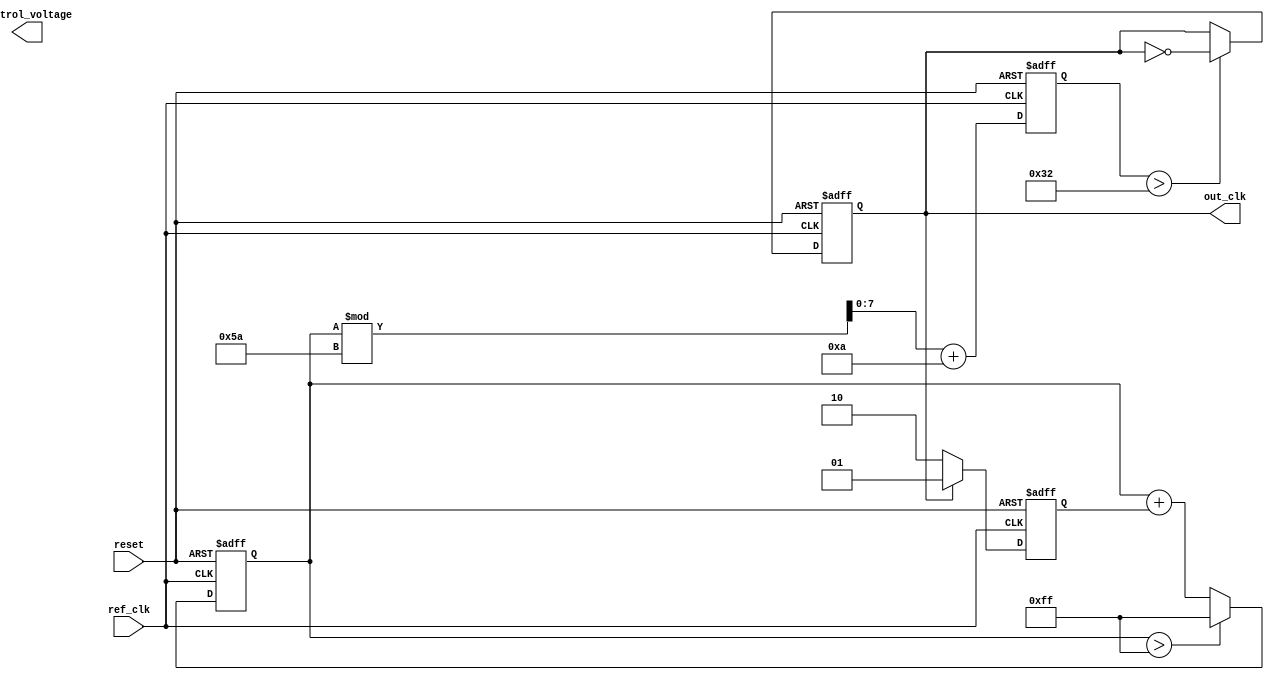
module MemoryBlocksLinearPLL (
    input wire ref_clk,        // Reference clock input
    input wire reset,         // Reset signal
    output reg out_clk,       // Output clock
    output reg [7:0] control_voltage // Control voltage for VCO
);

// Parameters
parameter VCO_MAX_FREQUENCY = 100; // Max Frequency of VCO
parameter VCO_MIN_FREQUENCY = 10;   // Min Frequency of VCO
parameter LOCK_TIME = 100;          // Lock time for PLL
parameter MEMORY_SIZE = 256;        // Size of memory blocks

// Internal signals
reg [1:0] phase_error;              // Phase error signal from PD
reg [7:0] loop_filter;               // Output of loop filter
reg [7:0] vco_frequency;             // Current frequency of VCO
reg [7:0] memory_block [0:MEMORY_SIZE-1]; // Memory blocks for calibration data
integer memory_index;                // Index for memory access

// Phase Detector
always @(posedge ref_clk or posedge reset) begin
    if (reset) begin
        phase_error <= 2'b00; // Reset phase error
    end else begin
        // Sample phase difference (simplified for demo)
        // This is a placeholder for actual phase detection logic
        if (out_clk) begin
            phase_error <= 2'b01; // Output clock is leading
        end else begin
            phase_error <= 2'b10; // Output clock is lagging
        end
    end
end

// Loop Filter
always @(posedge ref_clk or posedge reset) begin
    if (reset) begin
        loop_filter <= 8'b00000000; // Reset loop filter
    end else begin
        // Simple first-order filter (for demonstration)
        loop_filter <= loop_filter + phase_error;
        // Limit the loop filter output to a certain range
        if (loop_filter > 8'b11111111) loop_filter <= 8'b11111111;
    end
end

// Voltage-Controlled Oscillator (VCO)
always @(posedge ref_clk or posedge reset) begin
    if (reset) begin
        vco_frequency <= VCO_MIN_FREQUENCY; // Set initial frequency
        out_clk <= 0; // Initialize output clock
    end else begin
        // Update VCO frequency based on control voltage
        vco_frequency <= loop_filter[7:0] % (VCO_MAX_FREQUENCY - VCO_MIN_FREQUENCY) + VCO_MIN_FREQUENCY;
        
        // Generate output clock based on VCO frequency (simplified)
        // This is a placeholder; actual implementation would require a clock divider
        if (vco_frequency > 50) begin
            out_clk <= ~out_clk; // Toggle output clock based on frequency
        end
    end
end

// Memory Storage Blocks (Calibration Data)
always @(posedge ref_clk or posedge reset) begin
    if (reset) begin
        memory_index <= 0; // Reset memory index
    end else begin
        // Example: Store phase error in memory (for demonstration)
        memory_block[memory_index] <= loop_filter;
        memory_index <= (memory_index + 1) % MEMORY_SIZE; // Circular buffer
    end
end

endmodule